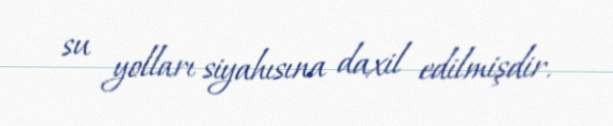
su yolları siyahısına daxil edilmişdir.